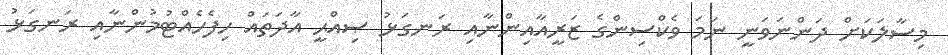
މިސާލަކަށް ދަންނަވަނީ ނަމަ ވެކްސިންގެ ޒަރީއާއިންނާއި ރަނގަޅު ޞިއްޙީ އާދަތައް ހިފެހެއްޓުމުންނާއި ރަނގަޅު